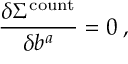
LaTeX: \frac { \delta \Sigma ^ { \mathrm { c o u n t } } } { \delta b ^ { a } } = 0 \; ,